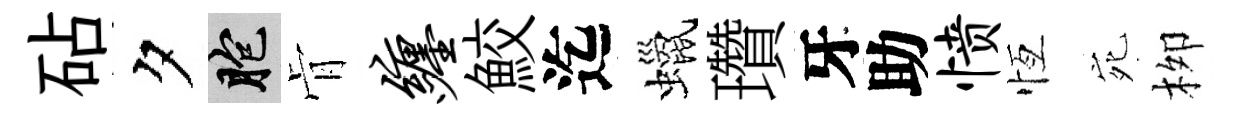
砧夕胞肻缠鮫迄蠟瓚牙助愤恆宛栁